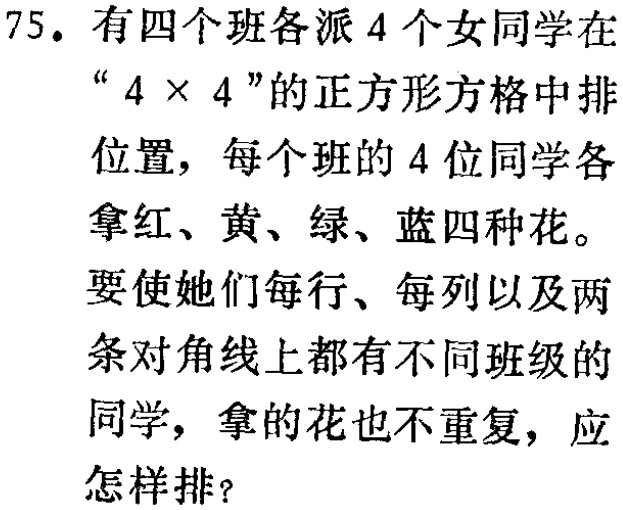
75. 有四个班各派 4 个女同学在“$4\times4$”的正方形方格中排位置，每个班的 4 位同学各拿红、黄、绿、蓝四种花。要使她们每行、每列以及两条对角线上都有不同班级的同学，拿的花也不重复，应怎样排？